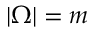
| \Omega | = m